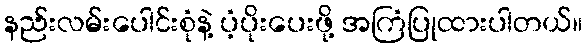
နည်းလမ်းပေါင်းစုံနဲ့ ပံ့ပိုးပေးဖို့ အကြံပြုထားပါတယ်။